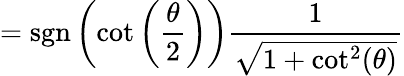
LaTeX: =\operatorname{sgn}\left(\cot\left({\frac{\theta}{2}}\right)\right){\frac{1}{\sqrt{1+\cot^{2}(\theta)}}}